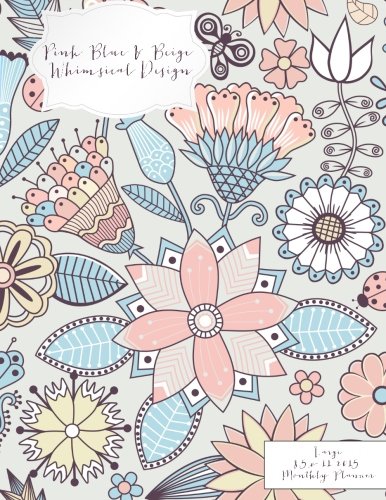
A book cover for Pink Blue & Beige Whimsical Design Large 8.5 x 11 2015 Monthly Planner (2015 Day Planners, Organizers, & Calendars) (Volume 20); Jot Spot Stationary; Business & Money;